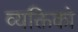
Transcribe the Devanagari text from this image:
व्यक्तिको